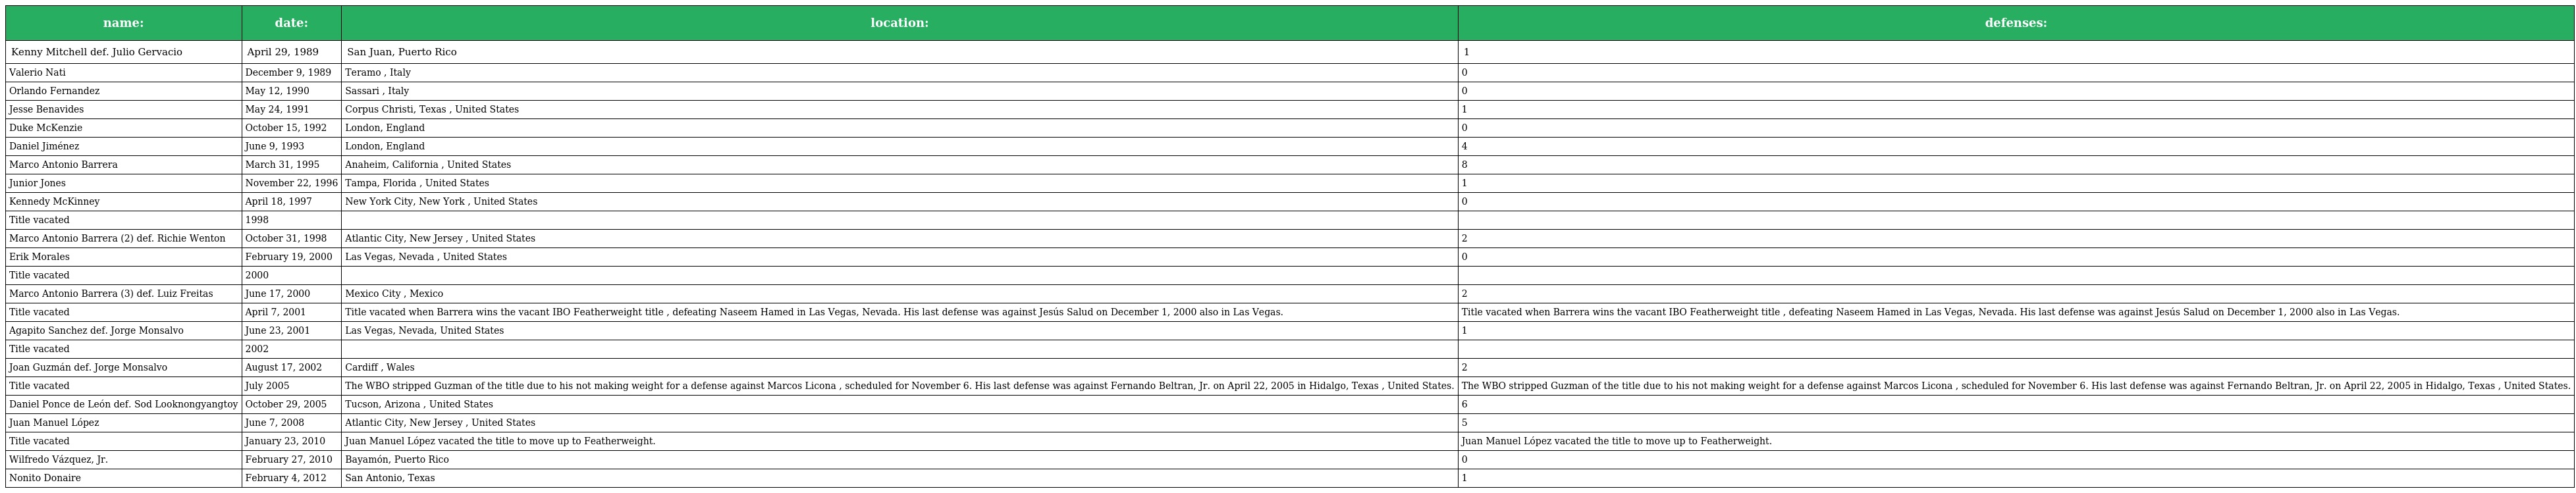
| name: | date: | location: | defenses: |
 | --- | --- | --- | --- |
 | Kenny Mitchell def. Julio Gervacio | April 29, 1989 | San Juan, Puerto Rico | 1 |
 | Valerio Nati | December 9, 1989 | Teramo , Italy | 0 |
 | Orlando Fernandez | May 12, 1990 | Sassari , Italy | 0 |
 | Jesse Benavides | May 24, 1991 | Corpus Christi, Texas , United States | 1 |
 | Duke McKenzie | October 15, 1992 | London, England | 0 |
 | Daniel Jiménez | June 9, 1993 | London, England | 4 |
 | Marco Antonio Barrera | March 31, 1995 | Anaheim, California , United States | 8 |
 | Junior Jones | November 22, 1996 | Tampa, Florida , United States | 1 |
 | Kennedy McKinney | April 18, 1997 | New York City, New York , United States | 0 |
 | Title vacated | 1998 |  |  |
 | Marco Antonio Barrera (2) def. Richie Wenton | October 31, 1998 | Atlantic City, New Jersey , United States | 2 |
 | Erik Morales | February 19, 2000 | Las Vegas, Nevada , United States | 0 |
 | Title vacated | 2000 |  |  |
 | Marco Antonio Barrera (3) def. Luiz Freitas | June 17, 2000 | Mexico City , Mexico | 2 |
 | Title vacated | April 7, 2001 | Title vacated when Barrera wins the vacant IBO Featherweight title , defeating Naseem Hamed in Las Vegas, Nevada. His last defense was against Jesús Salud on December 1, 2000 also in Las Vegas. | Title vacated when Barrera wins the vacant IBO Featherweight title , defeating Naseem Hamed in Las Vegas, Nevada. His last defense was against Jesús Salud on December 1, 2000 also in Las Vegas. |
 | Agapito Sanchez def. Jorge Monsalvo | June 23, 2001 | Las Vegas, Nevada, United States | 1 |
 | Title vacated | 2002 |  |  |
 | Joan Guzmán def. Jorge Monsalvo | August 17, 2002 | Cardiff , Wales | 2 |
 | Title vacated | July 2005 | The WBO stripped Guzman of the title due to his not making weight for a defense against Marcos Licona , scheduled for November 6. His last defense was against Fernando Beltran, Jr. on April 22, 2005 in Hidalgo, Texas , United States. | The WBO stripped Guzman of the title due to his not making weight for a defense against Marcos Licona , scheduled for November 6. His last defense was against Fernando Beltran, Jr. on April 22, 2005 in Hidalgo, Texas , United States. |
 | Daniel Ponce de León def. Sod Looknongyangtoy | October 29, 2005 | Tucson, Arizona , United States | 6 |
 | Juan Manuel López | June 7, 2008 | Atlantic City, New Jersey , United States | 5 |
 | Title vacated | January 23, 2010 | Juan Manuel López vacated the title to move up to Featherweight. | Juan Manuel López vacated the title to move up to Featherweight. |
 | Wilfredo Vázquez, Jr. | February 27, 2010 | Bayamón, Puerto Rico | 0 |
 | Nonito Donaire | February 4, 2012 | San Antonio, Texas | 1 |